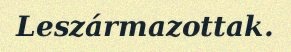
Leszármazottak.